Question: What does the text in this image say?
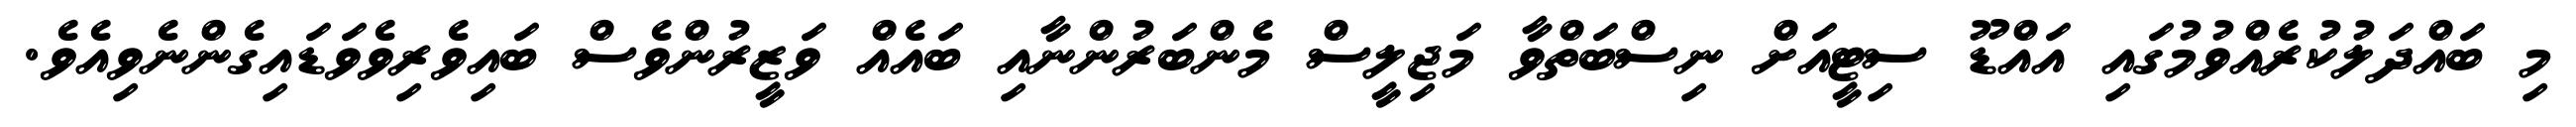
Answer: މި ބައްދަލުކުރެއްވުމުގައި އައްޑޫ ސިޓީއަށް ނިސްބަތްވާ މަޖިލީސް މެންބަރުންނާއި ބައެއް ވަޒީރުންވެސް ބައިވެރިވެވަޑައިގެންނެވިއެވެ.